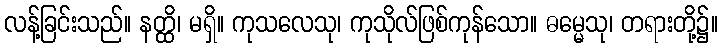
လန့်ခြင်းသည်။ နတ္ထိ၊ မရှိ။ ကုသလေသု၊ ကုသိုလ်ဖြစ်ကုန်သော။ ဓမ္မေသု၊ တရားတို့၌။